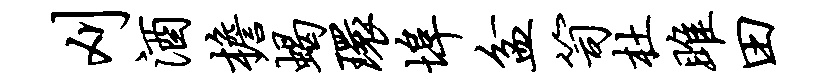
刈酒檐蝎环埠盆笥杜雎田